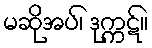
မဆိုအပ်၊ ဒုက္ကဋ်။